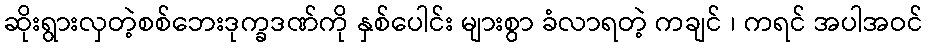
ဆိုးရွားလှတဲ့စစ်ဘေးဒုက္ခဒဏ်ကို နှစ်ပေါင်း များစွာ ခံလာရတဲ့ ကချင် ၊ ကရင် အပါအဝင်